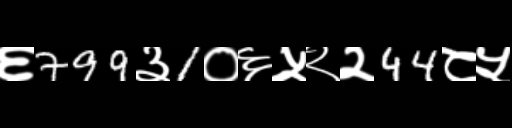
Text: ६799३1०६५२२44८५